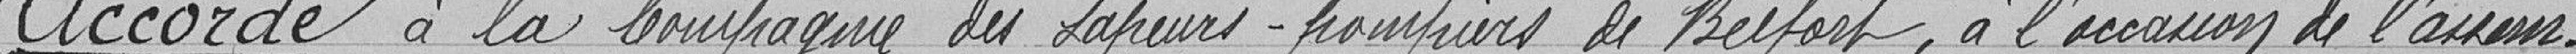
Accorde à la compagnie des sapeurs-pompiers de Belfort, à l'occasion de l'assem-